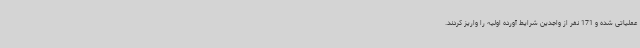
عملیاتی شده و 171 نفر از واجدین شرایط آورده اولیه را واریز کردند.